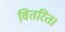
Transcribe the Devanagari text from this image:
वितरित।